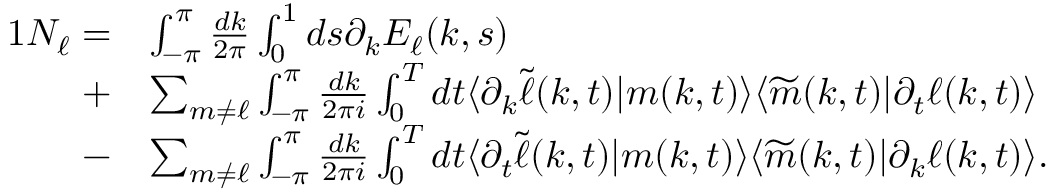
\begin{array} { r l } { { 1 } N _ { \ell } = } & { \int _ { - \pi } ^ { \pi } \frac { d k } { 2 \pi } \int _ { 0 } ^ { 1 } d s \partial _ { k } E _ { \ell } ( k , s ) } \\ { + } & { \sum _ { m \neq \ell } \int _ { - \pi } ^ { \pi } \frac { d k } { 2 \pi i } \int _ { 0 } ^ { T } d t \langle \partial _ { k } \widetilde { \ell } ( k , t ) | m ( k , t ) \rangle \langle \widetilde { m } ( k , t ) | \partial _ { t } \ell ( k , t ) \rangle } \\ { - } & { \sum _ { m \neq \ell } \int _ { - \pi } ^ { \pi } \frac { d k } { 2 \pi i } \int _ { 0 } ^ { T } d t \langle \partial _ { t } \widetilde { \ell } ( k , t ) | m ( k , t ) \rangle \langle \widetilde { m } ( k , t ) | \partial _ { k } \ell ( k , t ) \rangle . } \end{array}